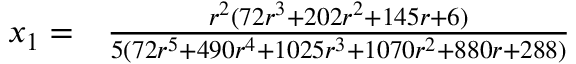
\begin{array} { r l } { x _ { 1 } = } & { { } \frac { r ^ { 2 } ( 7 2 r ^ { 3 } + 2 0 2 r ^ { 2 } + 1 4 5 r + 6 ) } { 5 ( 7 2 r ^ { 5 } + 4 9 0 r ^ { 4 } + 1 0 2 5 r ^ { 3 } + 1 0 7 0 r ^ { 2 } + 8 8 0 r + 2 8 8 ) } } \end{array}